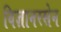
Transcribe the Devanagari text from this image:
विज्ञानरसेन